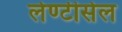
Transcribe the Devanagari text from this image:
लेण्टीसेल